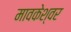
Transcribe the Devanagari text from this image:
मावकेश्वर